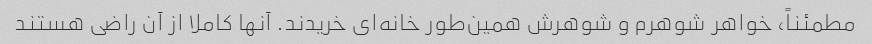
مطمئناً، خواهر شوهرم و شوهرش همین‌طور خانه‌ای خریدند. آنها کاملا از آن راضی هستند